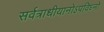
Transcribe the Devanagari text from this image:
सर्वत्राधीयानोऽपविघ्नो